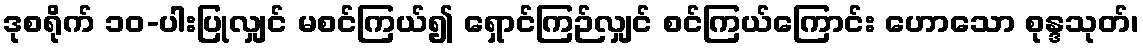
ဒုစရိုက် ၁၀-ပါးပြုလျှင် မစင်ကြယ်၍ ရှောင်ကြဉ်လျှင် စင်ကြယ်ကြောင်း ဟောသော စုန္ဒသုတ်၊